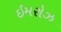
ઇમરોઝ